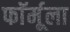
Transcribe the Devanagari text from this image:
फाॅर्मूला